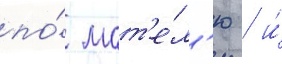
по́ мот'е́л'ю / и́